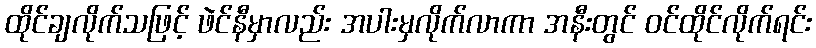
ထိုင်ချလိုက်သဖြင့် ဖဲင်နီမှာလည်း အပါးမှလိုက်လာကာ အနီးတွင် ဝင်ထိုင်လိုက်ရင်း